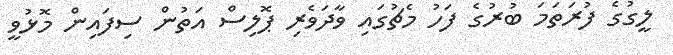
ލީގުގެ ފުރަތަމަ ބުރުގެ ފަހު މެޗުގައި ވާދަވެރި ޕޮލިސް އަތުން ސިފައިން މޮޅުވީ